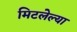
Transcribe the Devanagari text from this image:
मिटलेल्या